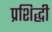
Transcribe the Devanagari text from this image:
प्रशिद्धी